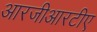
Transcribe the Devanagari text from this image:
आरजीआरटीए